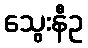
သွေးနီဥ